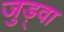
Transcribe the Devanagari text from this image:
जुड़्वा